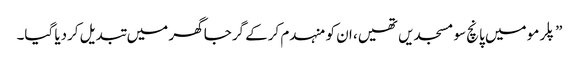
”پلرمو میں پانچ سو مسجدیں تھیں، ان کو منہدم کرکے گرجا گھر میں تبدیل کردیا گیا۔